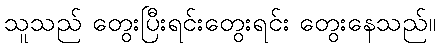
သူသည် တွေးပြီးရင်းတွေးရင်း တွေးနေသည်။